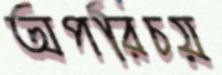
অপরিচয়